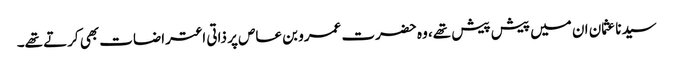
سیدنا عثمان ان میں پیش پیش تھے، وہ حضرت عمرو بن عاص پر ذاتی اعتراضات بھی کرتے تھے۔